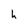
Character: h